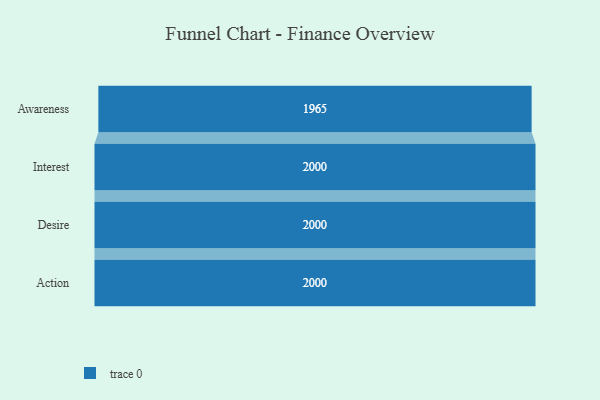
{"axis": {"x": "Stage", "y": "Value"}, "legend": [""], "data": [{"x": "Awareness", "y": 1965.0, "type": ""}, {"x": "Interest", "y": 2000, "type": ""}, {"x": "Desire", "y": 2000, "type": ""}, {"x": "Action", "y": 2000, "type": ""}]}